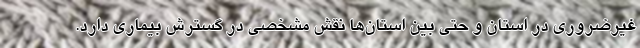
غیرضروری در استان و حتی بین استان‌ها نقش مشخصی در گسترش بیماری دارد.